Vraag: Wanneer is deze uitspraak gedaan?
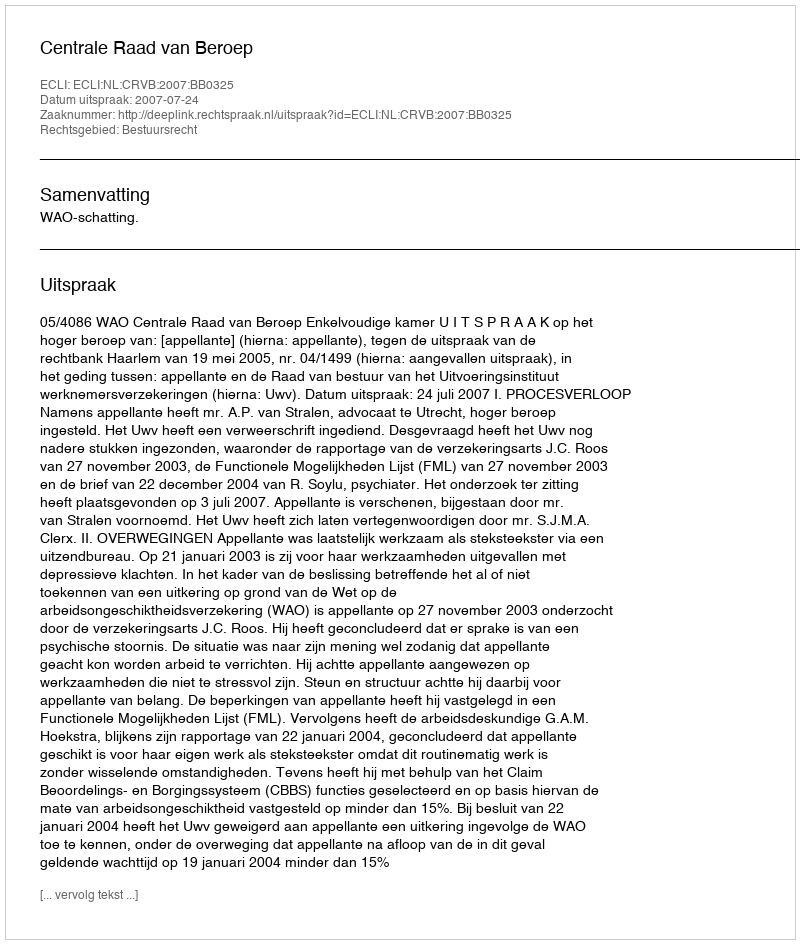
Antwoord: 2007-07-24